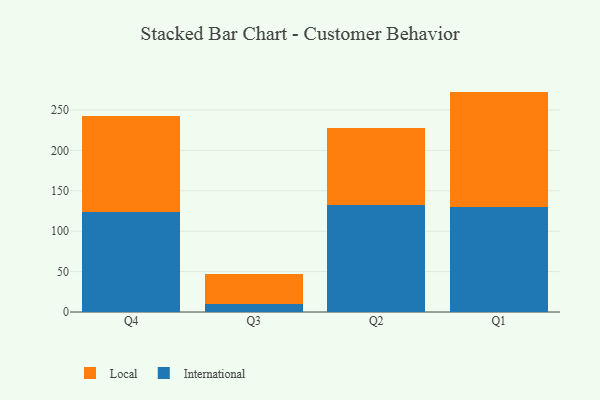
{"axis": {"x": "Quarter", "y": "Conversion Rate (%)"}, "legend": ["International", "Local"], "data": [{"x": "Q4", "y": 123.9, "type": "International"}, {"x": "Q4", "y": 119.0, "type": "Local"}, {"x": "Q3", "y": 9.4, "type": "International"}, {"x": "Q3", "y": 37.3, "type": "Local"}, {"x": "Q2", "y": 132.6, "type": "International"}, {"x": "Q2", "y": 95.3, "type": "Local"}, {"x": "Q1", "y": 129.9, "type": "International"}, {"x": "Q1", "y": 142.9, "type": "Local"}]}